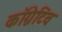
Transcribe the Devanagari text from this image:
कॉग्नेटिव